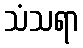
သံသရာ